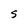
Character: S